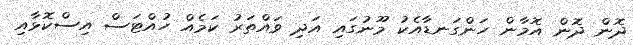
ދޮން ދޮން އޮމާން ހަންގަނޑާއެކު މޫނުގައި އަދި ވައްތަރު ކަމެއް ހުއްޓަސް އިސްކޮޅާއި